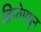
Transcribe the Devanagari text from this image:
क्रियेमधून